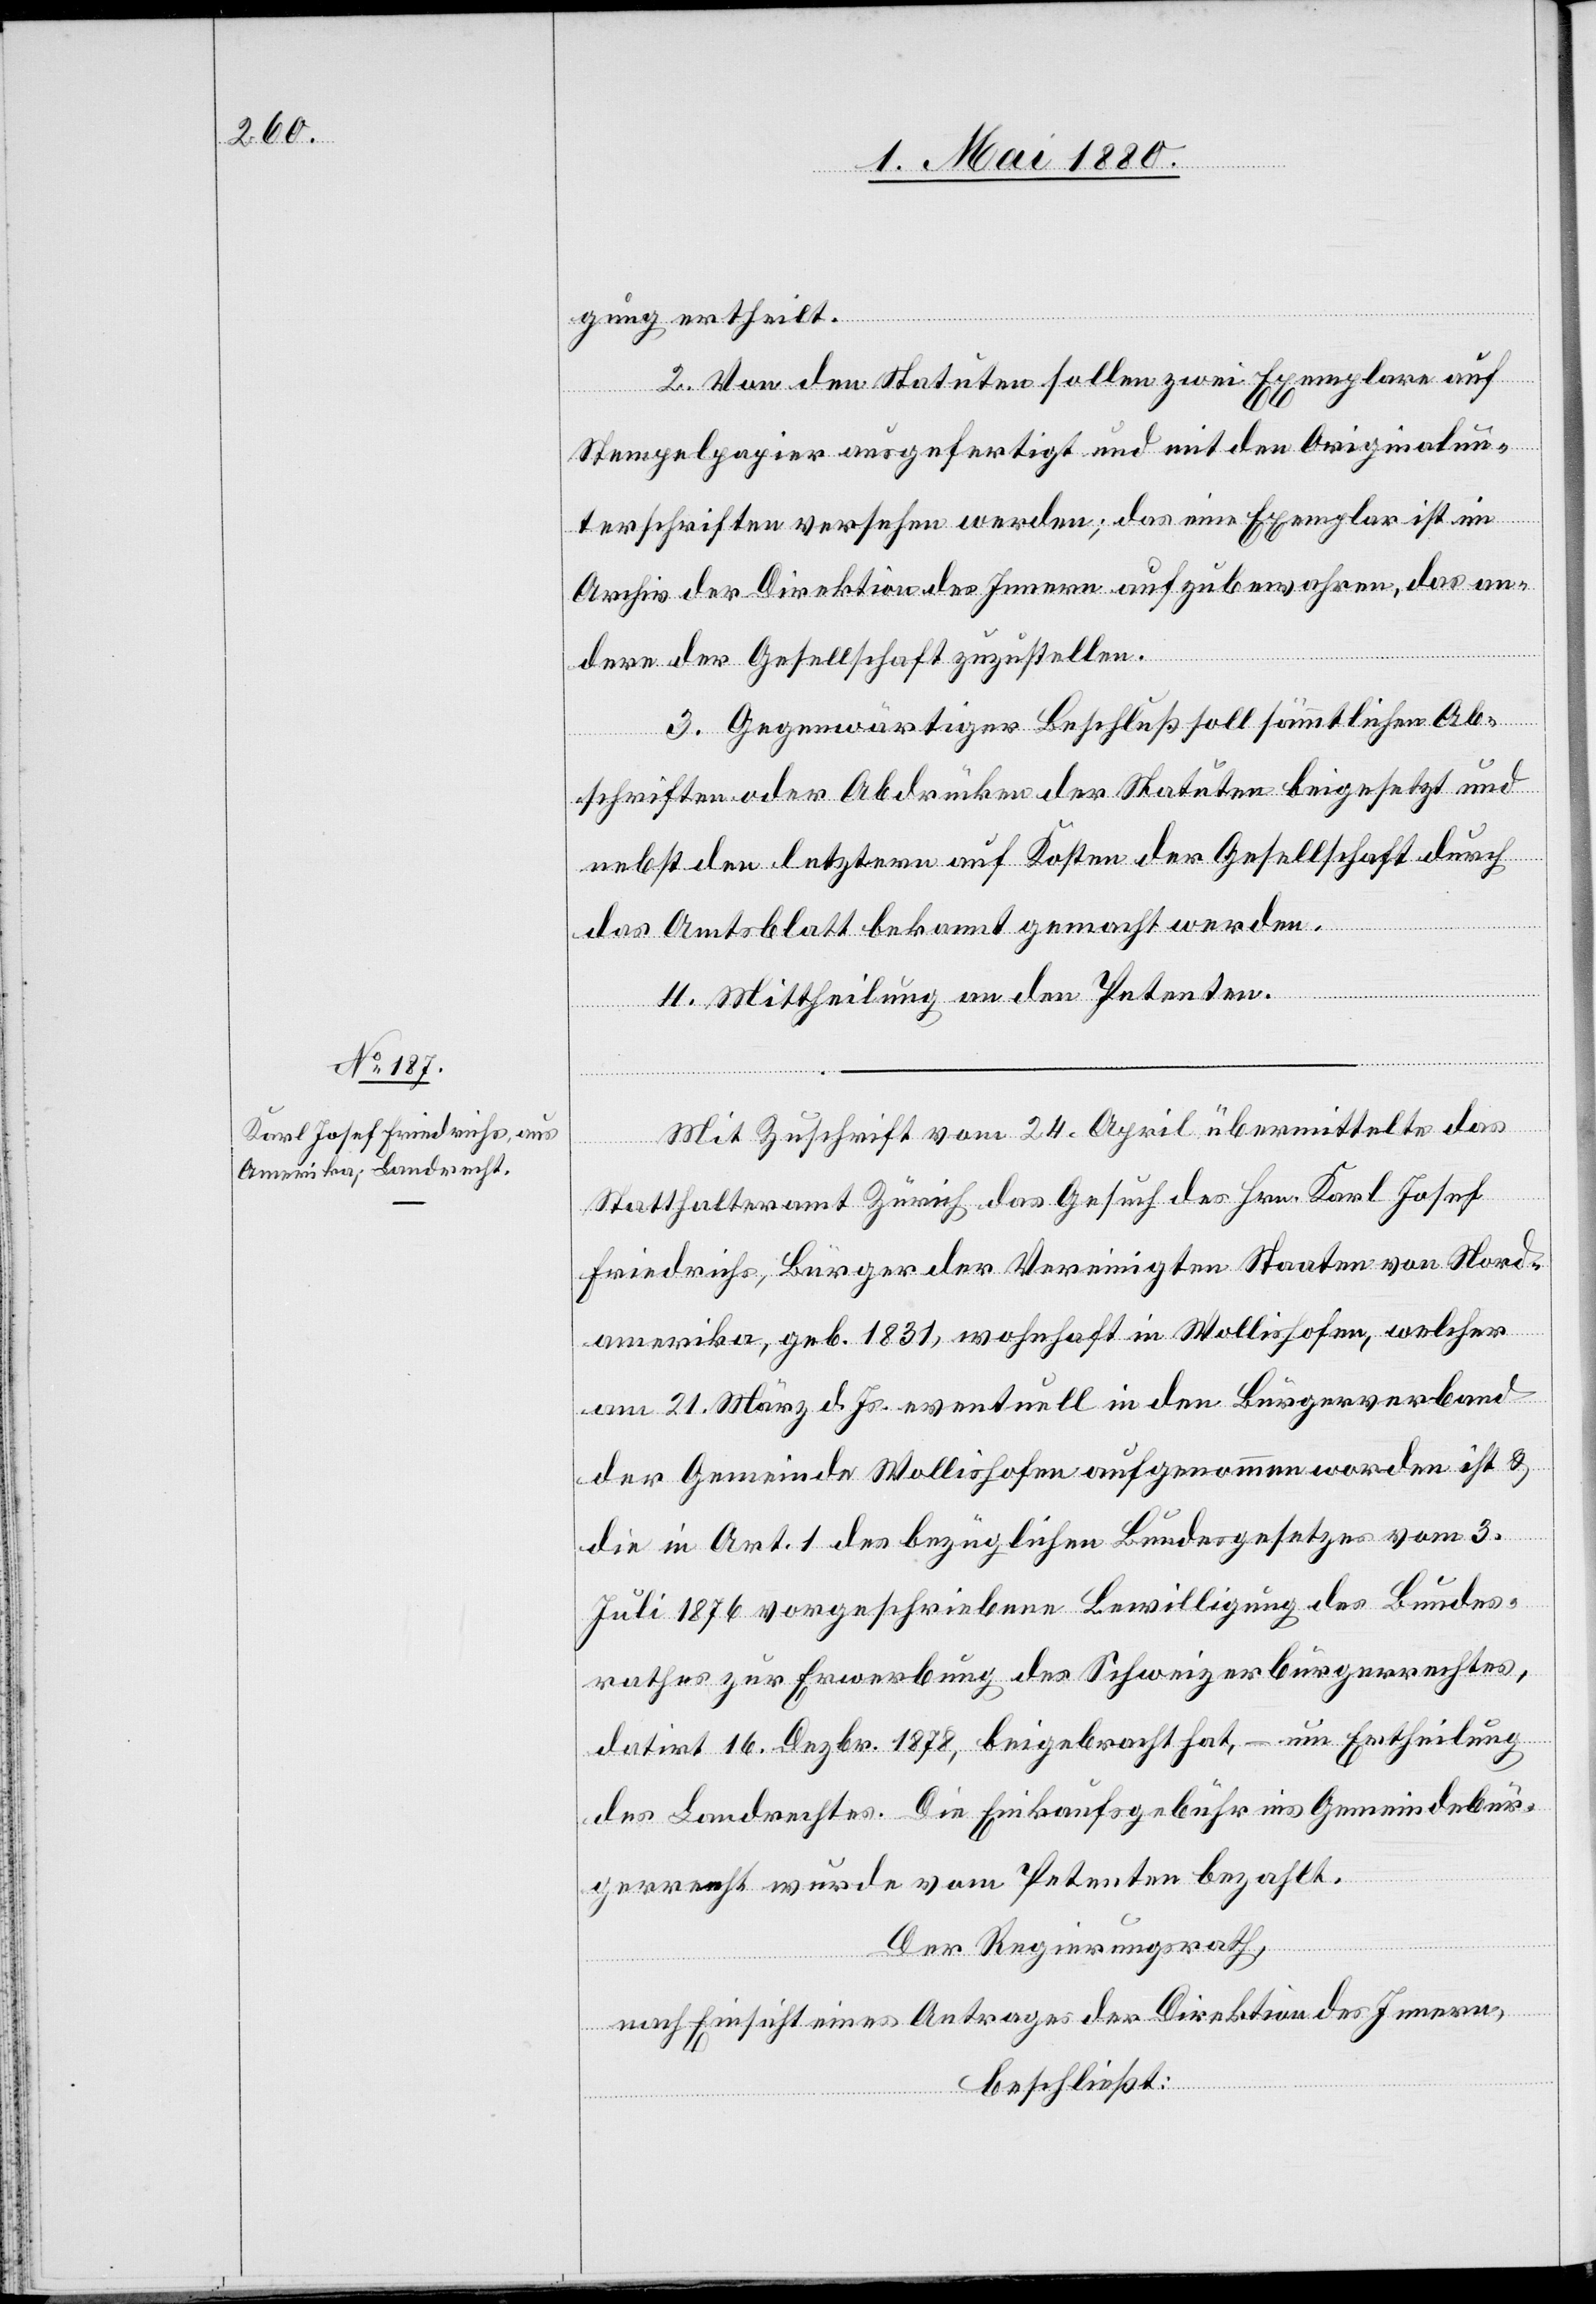
gung ertheilt.
2. Von den Statuten sollen zwei Exemplare auf
Stempelpapier ausgefertigt und mit den Originalun¬
terschriften versehen werden; das eine Exemplar ist im
Archiv der Direktion des Innern aufzubewahren, das an¬
dere der Gesellschaft zuzustellen.
3. Gegenwärtiger Beschluß soll sämmtlichen Ab¬
schriften oder Abdrücken der Statuten beigesetzt und
nebst den letztern auf Kosten der Gesellschaft durch
das Amtsblatt bekannt gemacht werden.
4. Mittheilung an den Petenten.
Mit Zuschrift vom 24. April übermittelte das
Statthalteramt Zürich das Gesuch des Hrn. Karl Josef
Friedrichs, Bürger der Vereinigten Staaten von Nord¬
amerika, geb. 1831, wohnhaft in Wollishofen, welcher
am 21. März d. Js eventuell in den Bürgerverband
der Gemeinde Wollishofen aufgenommen worden ist &
die in Art. 1 des bezüglichen Bundesgesetzes vom 3.
Juli 1876 vorgeschriebene Bewilligung des Bundes¬
rathes zur Erwerbung des Schweizerbürgerrechtes,
datirt 16. Dezbr. 1878, beigebracht hat, – um Ertheilung
des Landrechtes. Die Einkaufsgebühr ins Gemeindebür¬
gerrecht wurde vom Petenten bezahlt.
Der Regierungsrath,
nach Einsicht eines Antrages der Direktion des Innern,
beschließt: